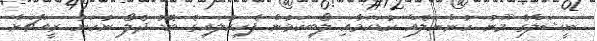
ނީޝަލްގެ މޫނު ހުންނަލެއް ކުޑަކަމާއި ލޯބިކަމުން ފެހިކުލައިގެ ބޮޑު ދެލޯ ނުހަނު ރީއްޗަށް